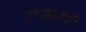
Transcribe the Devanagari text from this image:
राजहार्यं